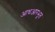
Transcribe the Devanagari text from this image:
आधआरभूत